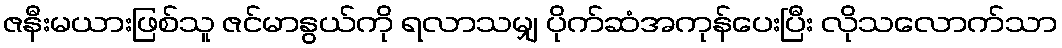
ဇနီးမယားဖြစ်သူ ဇင်မာနွယ်ကို ရလာသမျှ ပိုက်ဆံအကုန်ပေးပြီး လိုသလောက်သာ